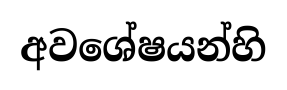
අවශේෂයන්හි